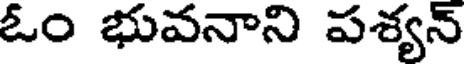
ఓం భువనాని పశ్యన్